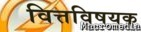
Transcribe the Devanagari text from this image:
वित्तविषयक